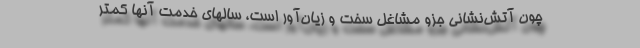
چون آتش‌نشانی جزو مشاغل سخت و زیان‌آور است، سالهای خدمت آنها کمتر